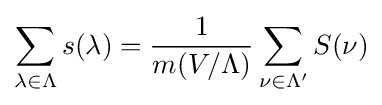
\sum _{\lambda \in \Lambda }s(\lambda )={\frac {1}{m(V/\Lambda )}}\sum _{\nu \in \Lambda '}S(\nu )